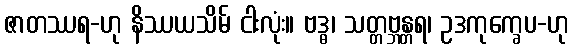
ဇာတဿရ-ဟု နိဿယသိမ် ငါးလုံး။ ဗဒ္ဓ၊ သတ္တဗ္ဘန္တရ၊ ဥဒကုက္ခေပ-ဟု